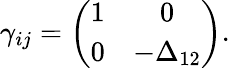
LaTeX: \gamma_{ij}=\left(\begin{array}{cc}{{1}}&{{0}}\\ {{0}}&{{-\Delta_{12}}}\end{array}\right).